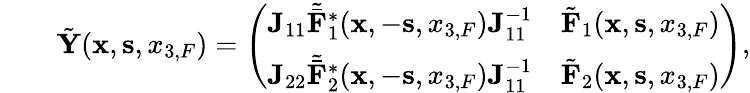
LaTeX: \begin{array}{rlr}&{}&{\tilde{\mathbf Y}({{\mathbf x}},{{\mathbf s}},{x_{3,F}})=\left(\begin{array}{ll}{{\mathbf J}_{11}{\tilde{\bar{\mathbf F}}}_{1}^{*}({{\mathbf x}},-{{\mathbf s}},{x_{3,F}}){\mathbf J}_{11}^{-1}}&{\tilde{\mathbf F}_{1}({{\mathbf x}},{{\mathbf s}},{x_{3,F}})}\\ {{\mathbf J}_{22}{\tilde{\bar{\mathbf F}}}_{2}^{*}({{\mathbf x}},-{{\mathbf s}},{x_{3,F}}){\mathbf J}_{11}^{-1}}&{\tilde{\mathbf F}_{2}({{\mathbf x}},{{\mathbf s}},{x_{3,F}})}\end{array}\right),}\end{array}